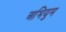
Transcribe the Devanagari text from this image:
अभियुम